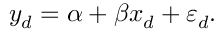
y _ { d } = \alpha + \beta x _ { d } + \varepsilon _ { d } .